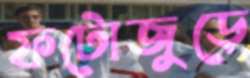
ফটোজুড়ে